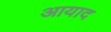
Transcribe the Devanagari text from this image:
आयाद